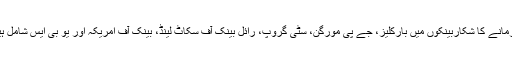
جرمانے کا شکاربینکوں میں بارکلیز، جے پی مورگن، سٹی گروپ، رائل بینک آف سکاٹ لینڈ، بینک آف امریکہ اور یو بی ایس شامل ہیں۔